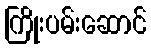
ကြိုးပမ်းဆောင်